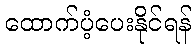
ထောက်ပံ့ပေးနိုင်ရန်